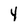
Character: 4